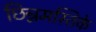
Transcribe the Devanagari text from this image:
छिन्नमस्तिके